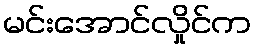
မင်းအောင်လှိုင်က